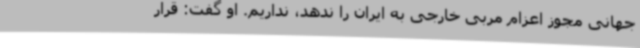
جهانی مجوز اعزام مربی خارجی به ایران را ندهد، نداریم. او گفت: قرار